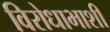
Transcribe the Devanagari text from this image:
विरोधाभाशी